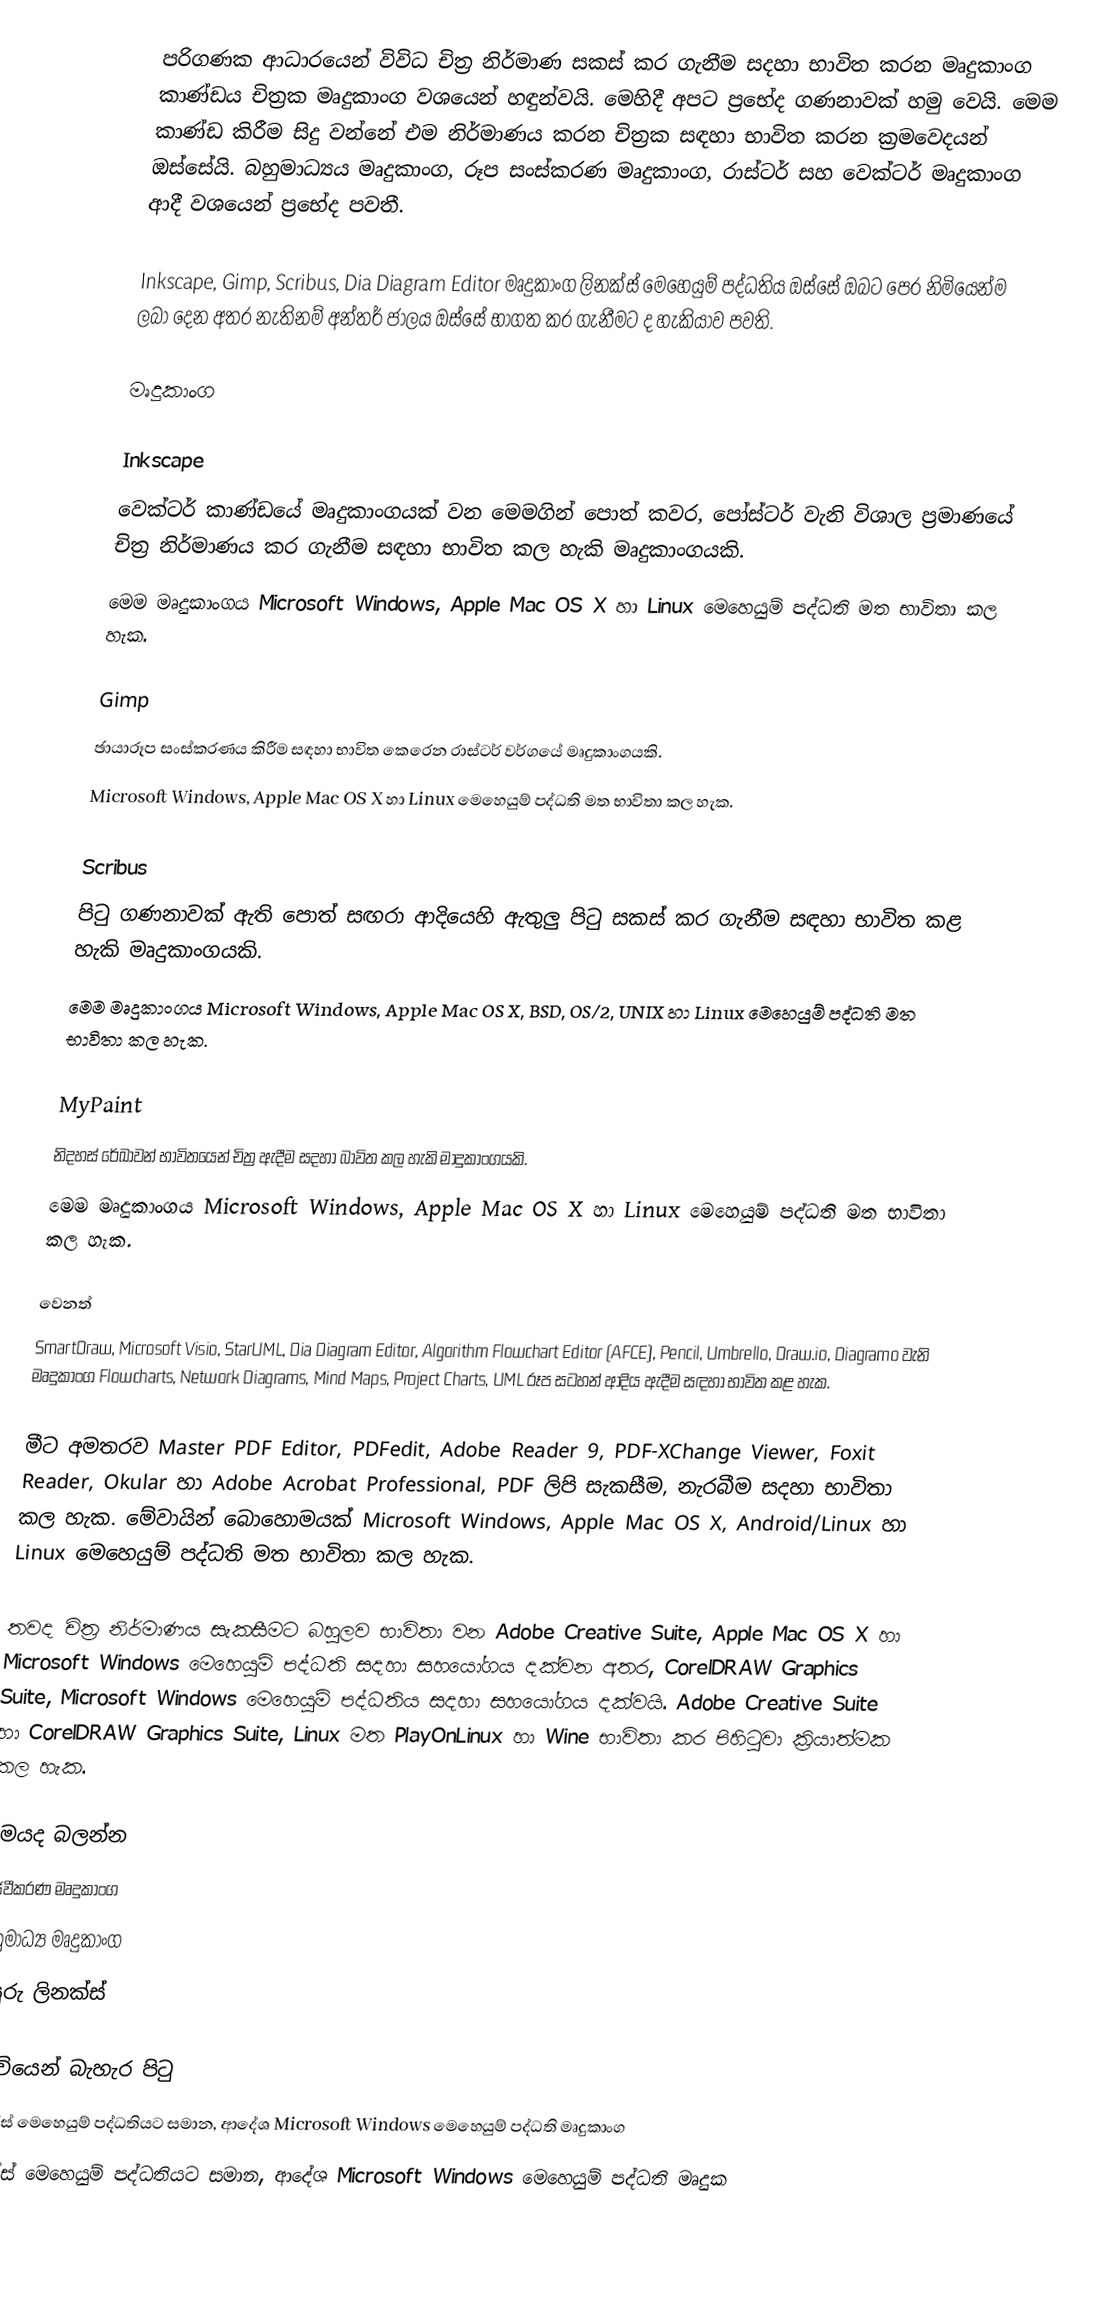
පරිගණක ආධාරයෙන් විවිධ චිත්‍ර නිර්මාණ සකස් කර ගැනීම සදහා භාවිත කරන මෘදුකාංග කාණ්ඩය චිත්‍රක මෘදුකාංග වශයෙන් හඳුන්වයි. මෙහිදී අපට ප්‍රභේද ගණනාවක් හමු වෙයි. මෙම කාණ්ඩ කිරීම සිදු වන්නේ එම නිර්මාණය කරන චිත්‍රක සඳහා භාවිත කරන ක්‍රමවෙදයන් ඔස්සේයි. බහුමාධ්‍යය මෘදුකාංග, රූප සංස්කරණ මෘදුකාංග, රාස්ටර් සහ වෙක්ටර් මෘදුකාංග ආදී වශයෙන් ප්‍රභේද පවතී.

Inkscape, Gimp, Scribus, Dia Diagram Editor මෘදුකාංග ලිනක්ස් මෙහෙයුම් පද්ධතිය ඔස්සේ ඔබට පෙර නිමියෙන්ම ලබා දෙන අතර නැතිනම් අන්තර් ජාලය ඔස්සේ භාගත කර ගැනීමට ද හැකියාව පවති.

මෘදුකාංග

Inkscape
වෙක්ටර් කාණ්ඩයේ මෘදුකාංගයක් වන මෙමගින් පොත් කවර, පෝස්ටර් වැනි විශාල ප්‍රමාණයේ චිත්‍ර නිර්මාණය කර ගැනීම සඳහා භාවිත කල හැකි මෘදුකාංගයකි.
මෙම මෘදුකාංගය Microsoft Windows, Apple Mac OS X හා Linux මෙහෙයුම් පද්ධති මත භාවිතා කල හැක.

Gimp
ඡායාරූප සංස්කරණය කිරීම සඳහා භාවිත කෙරෙන රාස්ටර් වර්ගයේ මෘදුකාංගයකි.
Microsoft Windows, Apple Mac OS X හා Linux මෙහෙයුම් පද්ධති මත භාවිතා කල හැක.

Scribus
පිටු ගණනාවක් ඇති පොත් සඟරා ආදියෙහි ඇතුලු පිටු සකස් කර ගැනීම සඳහා භාවිත කළ හැකි මෘදුකාංගයකි.
මෙම මෘදුකාංගය Microsoft Windows, Apple Mac OS X, BSD, OS/2, UNIX හා Linux මෙහෙයුම් පද්ධති මත භාවිතා කල හැක.

MyPaint
නිදහස් රේඛාවන් භාවිතයෙන් චිත්‍ර ඇදීම සදහා බාවිත කල හැකි මාදුකාංගයකි.
මෙම මෘදුකාංගය Microsoft Windows, Apple Mac OS X හා Linux මෙහෙයුම් පද්ධති මත භාවිතා කල හැක.

වෙනත්
SmartDraw, Microsoft Visio, StarUML, Dia Diagram Editor, Algorithm Flowchart Editor (AFCE), Pencil, Umbrello, Draw.io, Diagramo වැනි මෘදුකාංග Flowcharts, Network Diagrams, Mind Maps, Project Charts, UML රූප සටහන් ආදිය ඇදීම සඳහා භාවිත කළ හැක.

මීට අමතරව Master PDF Editor, PDFedit, Adobe Reader 9, PDF-XChange Viewer, Foxit Reader, Okular හා Adobe Acrobat Professional, PDF ලිපි සැකසීම, නැරබීම සදහා භාවිතා කල හැක. මේවායින් බොහොමයක් Microsoft Windows, Apple Mac OS X, Android/Linux හා Linux මෙහෙයුම් පද්ධති මත භාවිතා කල හැක.

තවද චිත්‍ර නිර්මාණය සැකසීමට බහුලව භාවිතා වන Adobe Creative Suite, Apple Mac OS X හා Microsoft Windows මෙහෙයුම් පද්ධති සදහා සහයෝගය දක්වන අතර, CorelDRAW Graphics Suite, Microsoft Windows මෙහෙයුම් පද්ධතිය සදහා සහයෝගය දක්වයි. Adobe Creative Suite හා CorelDRAW Graphics Suite, Linux මත PlayOnLinux හා Wine භාවිතා කර පිහිටුවා ක්‍රියාත්මක කල හැක.

මෙයද බලන්න
 සජීවීකරණ මෘදුකාංග
 බහුමාධ්‍ය මෘදුකාංග
 ඉසුරු ලිනක්ස්

අඩවියෙන් බැහැර පිටු
 ලිනක්ස් මෙහෙයුම් පද්ධතියට සමාන, ආදේශ Microsoft Windows මෙහෙයුම් පද්ධති මෘදුකාංග
 ලිනක්ස් මෙහෙයුම් පද්ධතියට සමාන, ආදේශ Microsoft Windows මෙහෙයුම් පද්ධති මෘදුක